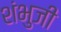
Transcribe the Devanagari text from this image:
शंभुजी